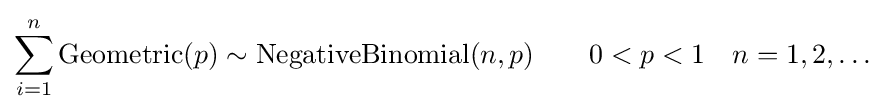
\sum _{i=1}^{n}\mathrm {Geometric} (p)\sim \mathrm {NegativeBinomial} (n,p)\qquad 0<p<1\quad n=1,2,\dots